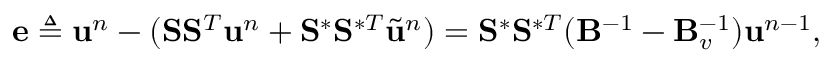
\mathbf { e } \triangleq \ensuremath { \mathbf { u } } ^ { n } - ( \mathbf { S } \mathbf { S } ^ { T } \ensuremath { \mathbf { u } } ^ { n } + \mathbf { S } ^ { \ast } \mathbf { S } ^ { \ast T } \Tilde { \ensuremath { \mathbf { u } } } ^ { n } ) = \mathbf { S } ^ { \ast } \mathbf { S } ^ { \ast T } ( \mathbf { B } ^ { - 1 } - \mathbf { B } _ { v } ^ { - 1 } ) \ensuremath { \mathbf { u } } ^ { n - 1 } ,